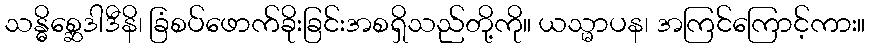
သန္ဓိစ္ဆေဒါဒီနိ၊ ခြံစပ်ဖောက်ခိုးခြင်းအစရှိသည်တို့ကို။ ယသ္မာပန၊ အကြင်ကြောင့်ကား။